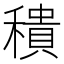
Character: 𥢢